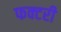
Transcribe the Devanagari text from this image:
फक्टरी